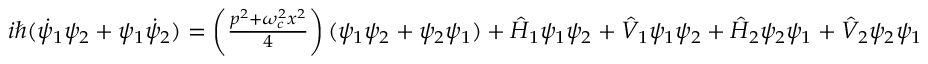
\begin{array} { r } { i \hbar ( \dot { \psi } _ { 1 } \psi _ { 2 } + \psi _ { 1 } \dot { \psi } _ { 2 } ) = \left( \frac { p ^ { 2 } + \omega _ { c } ^ { 2 } x ^ { 2 } } { 4 } \right) ( \psi _ { 1 } \psi _ { 2 } + \psi _ { 2 } \psi _ { 1 } ) + \hat { H } _ { 1 } \psi _ { 1 } \psi _ { 2 } + \hat { V } _ { 1 } \psi _ { 1 } \psi _ { 2 } + \hat { H } _ { 2 } \psi _ { 2 } \psi _ { 1 } + \hat { V } _ { 2 } \psi _ { 2 } \psi _ { 1 } } \end{array}